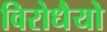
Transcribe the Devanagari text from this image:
विरोधैयो